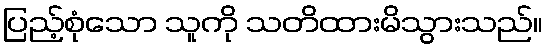
ပြည့်စုံသော သူကို သတိထားမိသွားသည်။